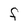
Character: F